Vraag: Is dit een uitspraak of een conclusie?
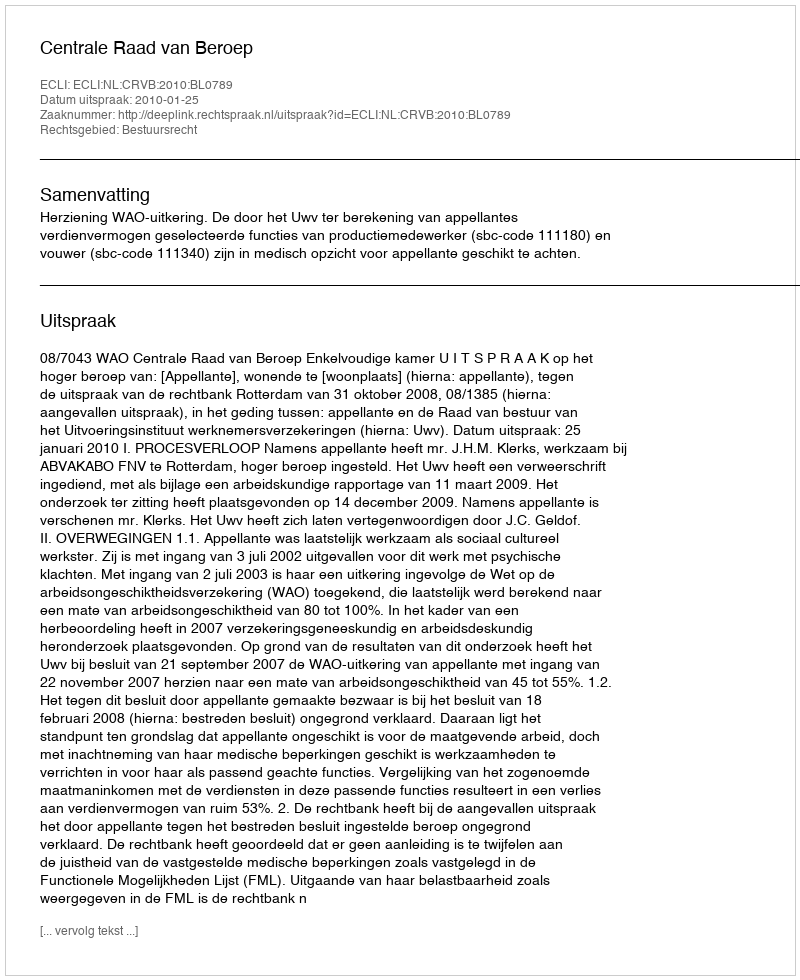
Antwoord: Uitspraak